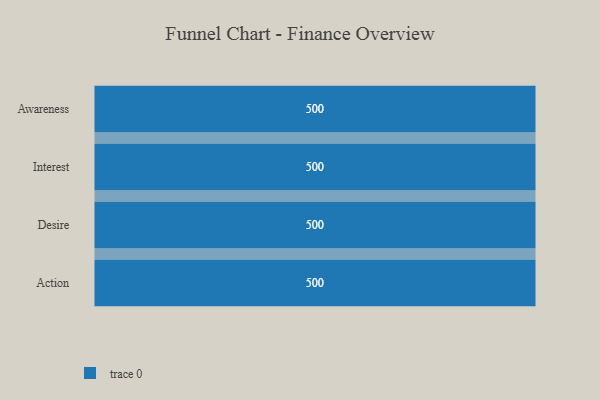
{"axis": {"x": "Stage", "y": "Value"}, "legend": [""], "data": [{"x": "Awareness", "y": 500, "type": ""}, {"x": "Interest", "y": 500, "type": ""}, {"x": "Desire", "y": 500, "type": ""}, {"x": "Action", "y": 500, "type": ""}]}